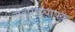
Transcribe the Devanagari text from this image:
सहप्राध्यापक